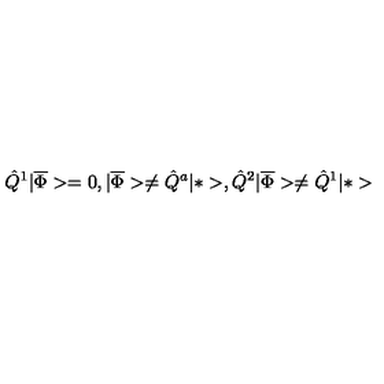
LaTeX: \hat { Q } ^ { 1 } | \overline { \Phi } > = 0 , | \overline { \Phi } > \neq \hat { Q } ^ { a } | * > , \hat { Q } ^ { 2 } | \overline { \Phi } > \neq \hat { Q } ^ { 1 } | * >